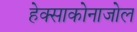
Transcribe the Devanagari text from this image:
हेक्‍साकोनाजोल